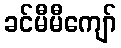
ခင်မီမီကျော်